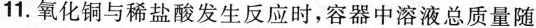
11.氧化铜与稀盐酸发生反应时，容器中溶液总质量随